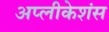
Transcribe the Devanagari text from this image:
अप्लीकेशंस